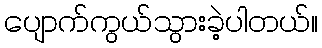
ပျောက်ကွယ်သွားခဲ့ပါတယ်။